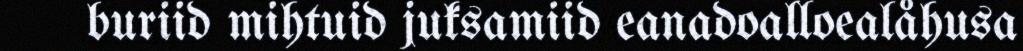
buriid mihtuid juksamiid eanadoalloealåhusa